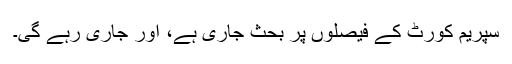
سپریم کورٹ کے فیصلوں پر بحث جاری ہے، اور جاری رہے گی۔